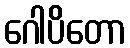
ဂေါပိတော